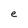
Character: e